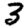
Digit: 3